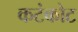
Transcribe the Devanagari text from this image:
कटंकोट